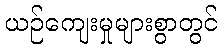
ယဉ်ကျေးမှုများစွာတွင်